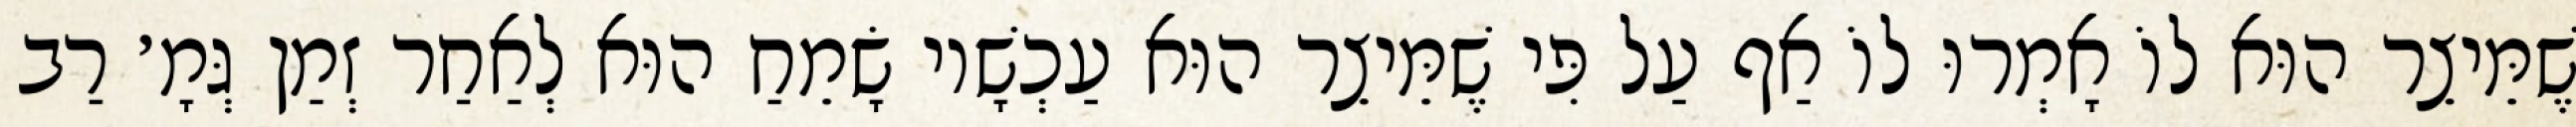
שֶׁמֵּיצֵר הוּא לוֹ אָמְרוּ לוֹ אַף עַל פִּי שֶׁמֵּיצֵר הוּא עַכְשָׁיו שָׂמֵחַ הוּא לְאַחַר זְמַן גְּמָ׳ רַב